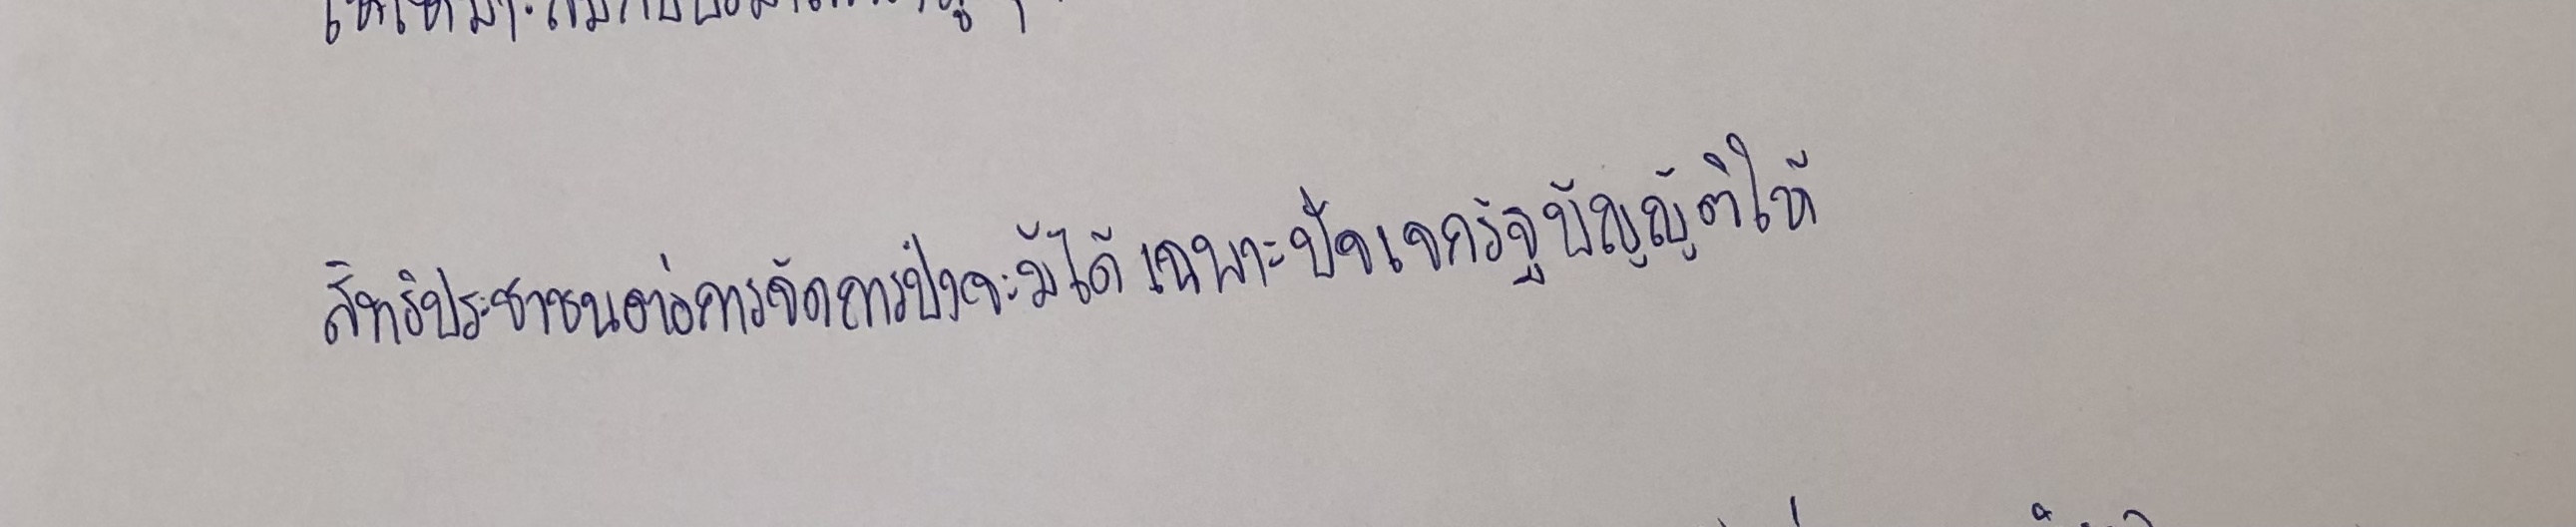
สิทธิประชาชนต่อการจัดการป่าจะมีได้เฉพาะสิทธิปัจเจกที่รัฐบัญญัติให้